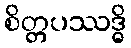
စိတ္တပဿဒ္ဓိ